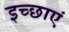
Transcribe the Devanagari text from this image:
इच्‍छाएं